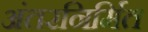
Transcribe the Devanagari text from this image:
अंतरनिर्मित